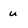
Character: u